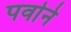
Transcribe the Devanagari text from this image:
पर्वाने